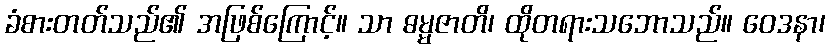
ခံစားတတ်သည်၏ အဖြစ်ကြောင့်။ သာ ဓမ္မဇာတိ၊ ထိုတရားသဘောသည်။ ဝေဒနာ၊